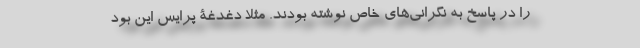
را در پاسخ به نگرانی‌های خاص نوشته بودند. مثلاً دغدغۀ پرایس این بود